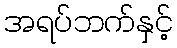
အရပ်ဘက်နှင့်